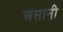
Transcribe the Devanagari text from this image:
अंसानी